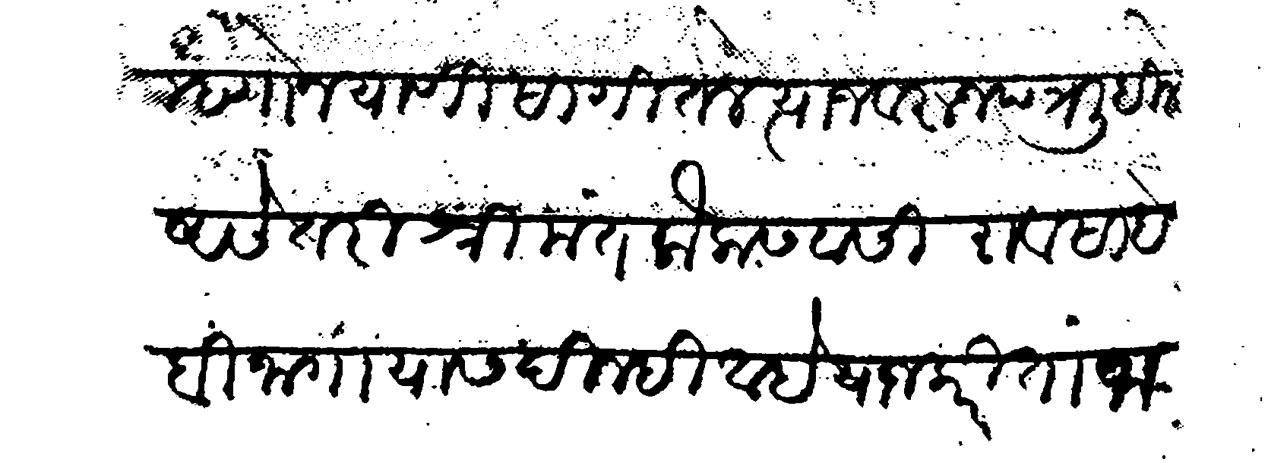
Transliteration (Devanagari): म्हणोन याणी सागितले त्याजवरून पत्र लिहिले असे तरी श्रीमंत कैलासवासी रावसाहेबी जागा यास दिल्ही आहे याजकरीता जागा